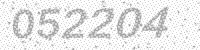
Solution: 052204